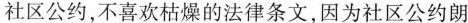
社区公约，不喜欢枯燥的法律条文，因为社区公约朗